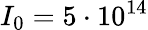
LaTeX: I_{0}=5\cdot 10^{14}